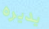
يديره